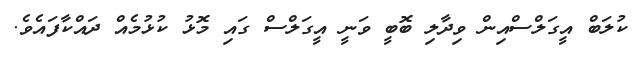
ކުލަބް އީގަލްސްއިން ވިދާލި ބޮބީ ވަނީ އީގަލްސް ގައި މޮޅު ކުޅުމެއް ދައްކާފައެވެ.